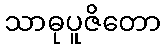
သာဓုပူဇိတော